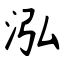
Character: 泓